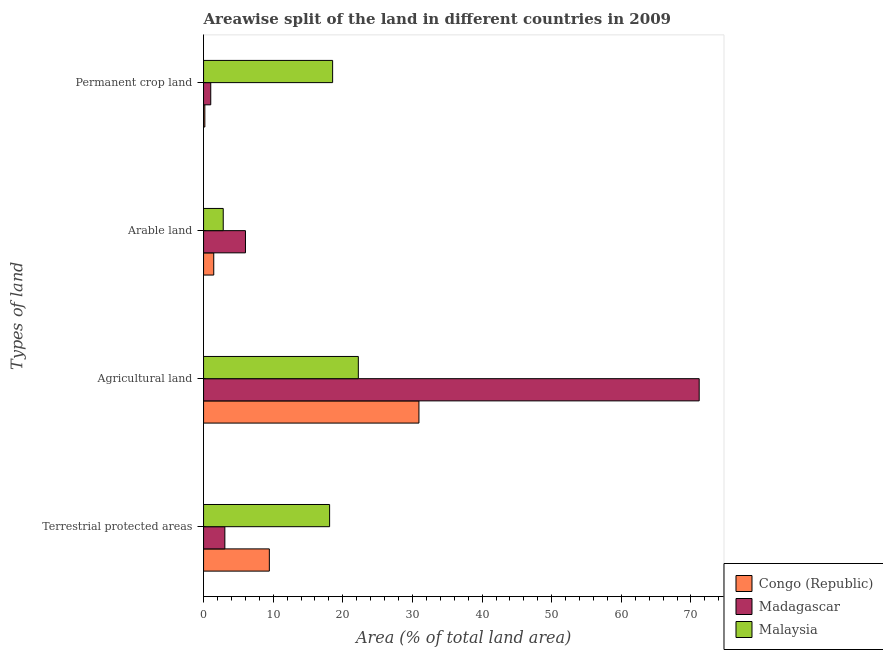
| Types of land | Congo (Republic) | Madagascar | Malaysia |
 | --- | --- | --- | --- |
 | Terrestrial protected areas | 9.45 | 3.06 | 18.1 |
 | Agricultural land | 30.9 | 71.2 | 22.2 |
 | Arable land | 1.46 | 6.02 | 2.82 |
 | Permanent crop land | 0.184 | 1.03 | 18.5 |